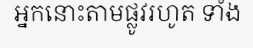
អ្នកនោះតាមផ្លូវរហូត ទាំង